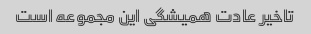
تاخیر عادت همیشگی این مجموعه است